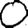
Digit: 0